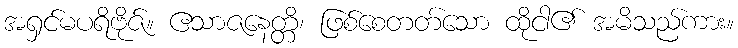
အရှင်မပရိဗိုဇ်။ ဧသာဇနေတ္တိ၊ ဖြစ်စေတတ်သော ထိုငါ၏ အမိသည်ကား။